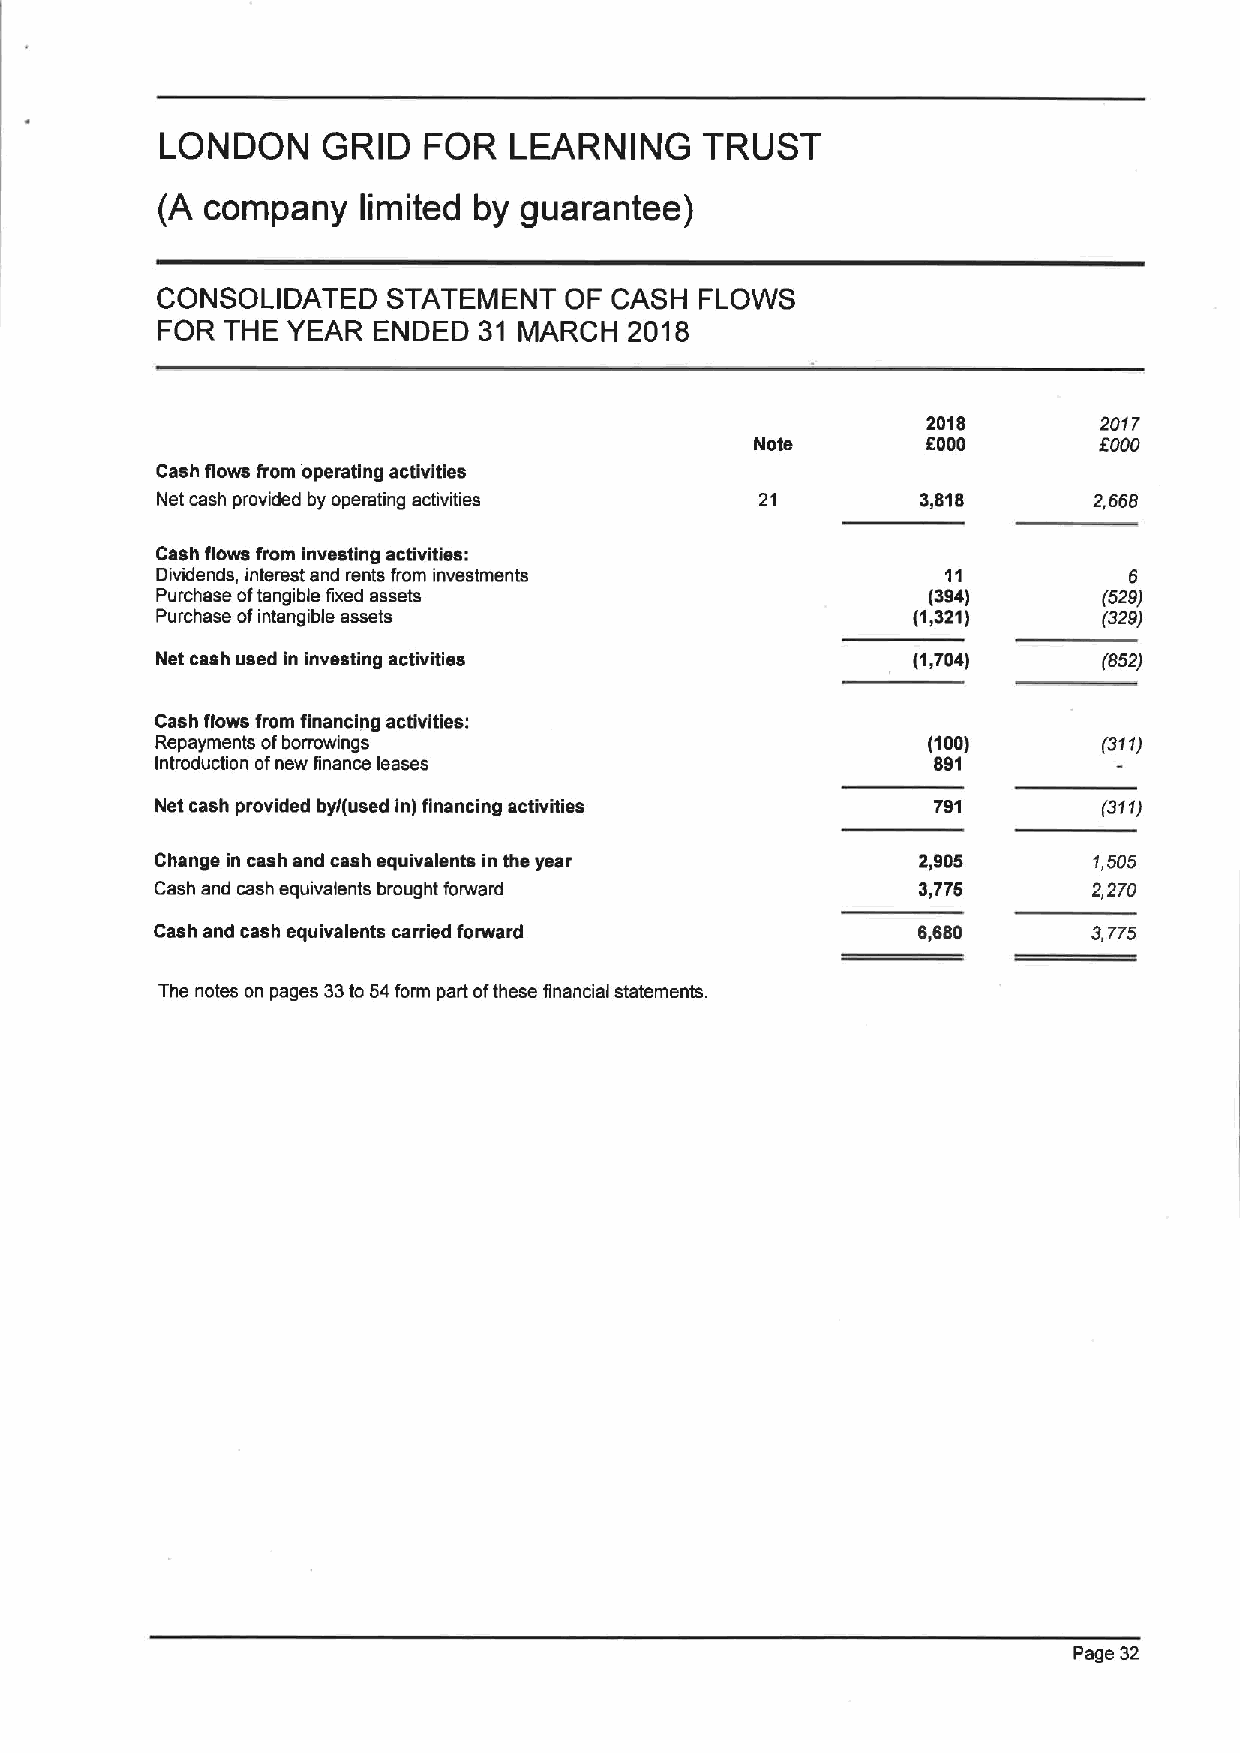
LONDON    GRID   FOR   LEARNING     TRUST
 (A  company   limited by guarantee)
 CONSOLIDATED    STATEMENT  OF CASH  FLOWS
 FOR  THE YEAR  ENDED  31 MARCH  2018
 2018        2017
 Note       8000        5000
 Cash flows from operating activities
 Net cash provided by operating activities 21       3,818      2,666
 Cash flows from investing activities:
 Dividends, interest and rents from investments       11
 Purchase oftangible fixed assets                   (394)       (529)
 Purchase ofintangible assets                      (1,321)      (329)
 Net cash used In investing activities             (1,704)      (652)
 Cash flows from financing activities:
 Repayments ofborrowings                            (100)       (311)
 Introduction ofnew finance leases                   891
 Net cash provided by/(used In) financing activities 791        (311)
 Change in cash and cash equivalents in the year    2,905      1,505
 Cash and cash equivalents brought forward          3,775      2,270
 Cash and cash equivalents carried forward          6,680      3,TT5
 The notes on pages 33to 54form part ofthese financial statements.
 Page 32